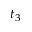
t _ { 3 }